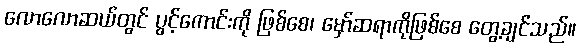
လောလောဆယ်တွင် ပွင့်ကောင်းကို ဖြစ်စေ၊ မှော်ဆရာကိုဖြစ်စေ တွေ့ချင်သည်။